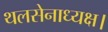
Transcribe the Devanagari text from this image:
थलसेनाध्यक्ष।